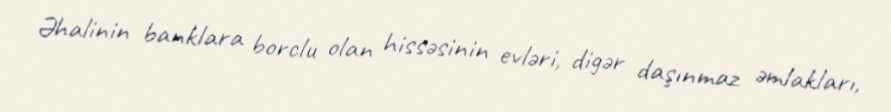
Əhalinin banklara borclu olan hissəsinin evləri, digər daşınmaz əmlakları,